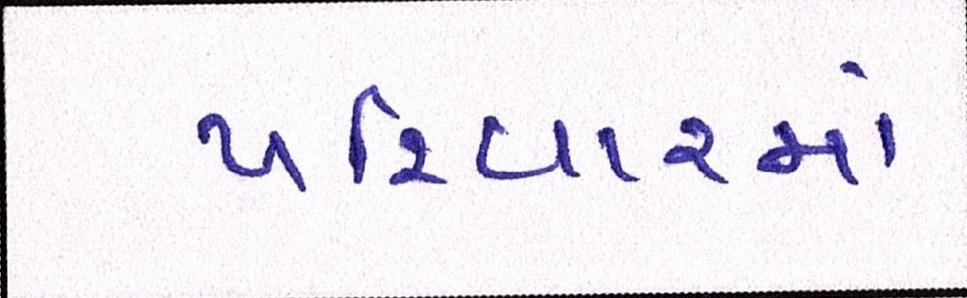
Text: પરિવારમાં